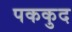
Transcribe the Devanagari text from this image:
पककुद